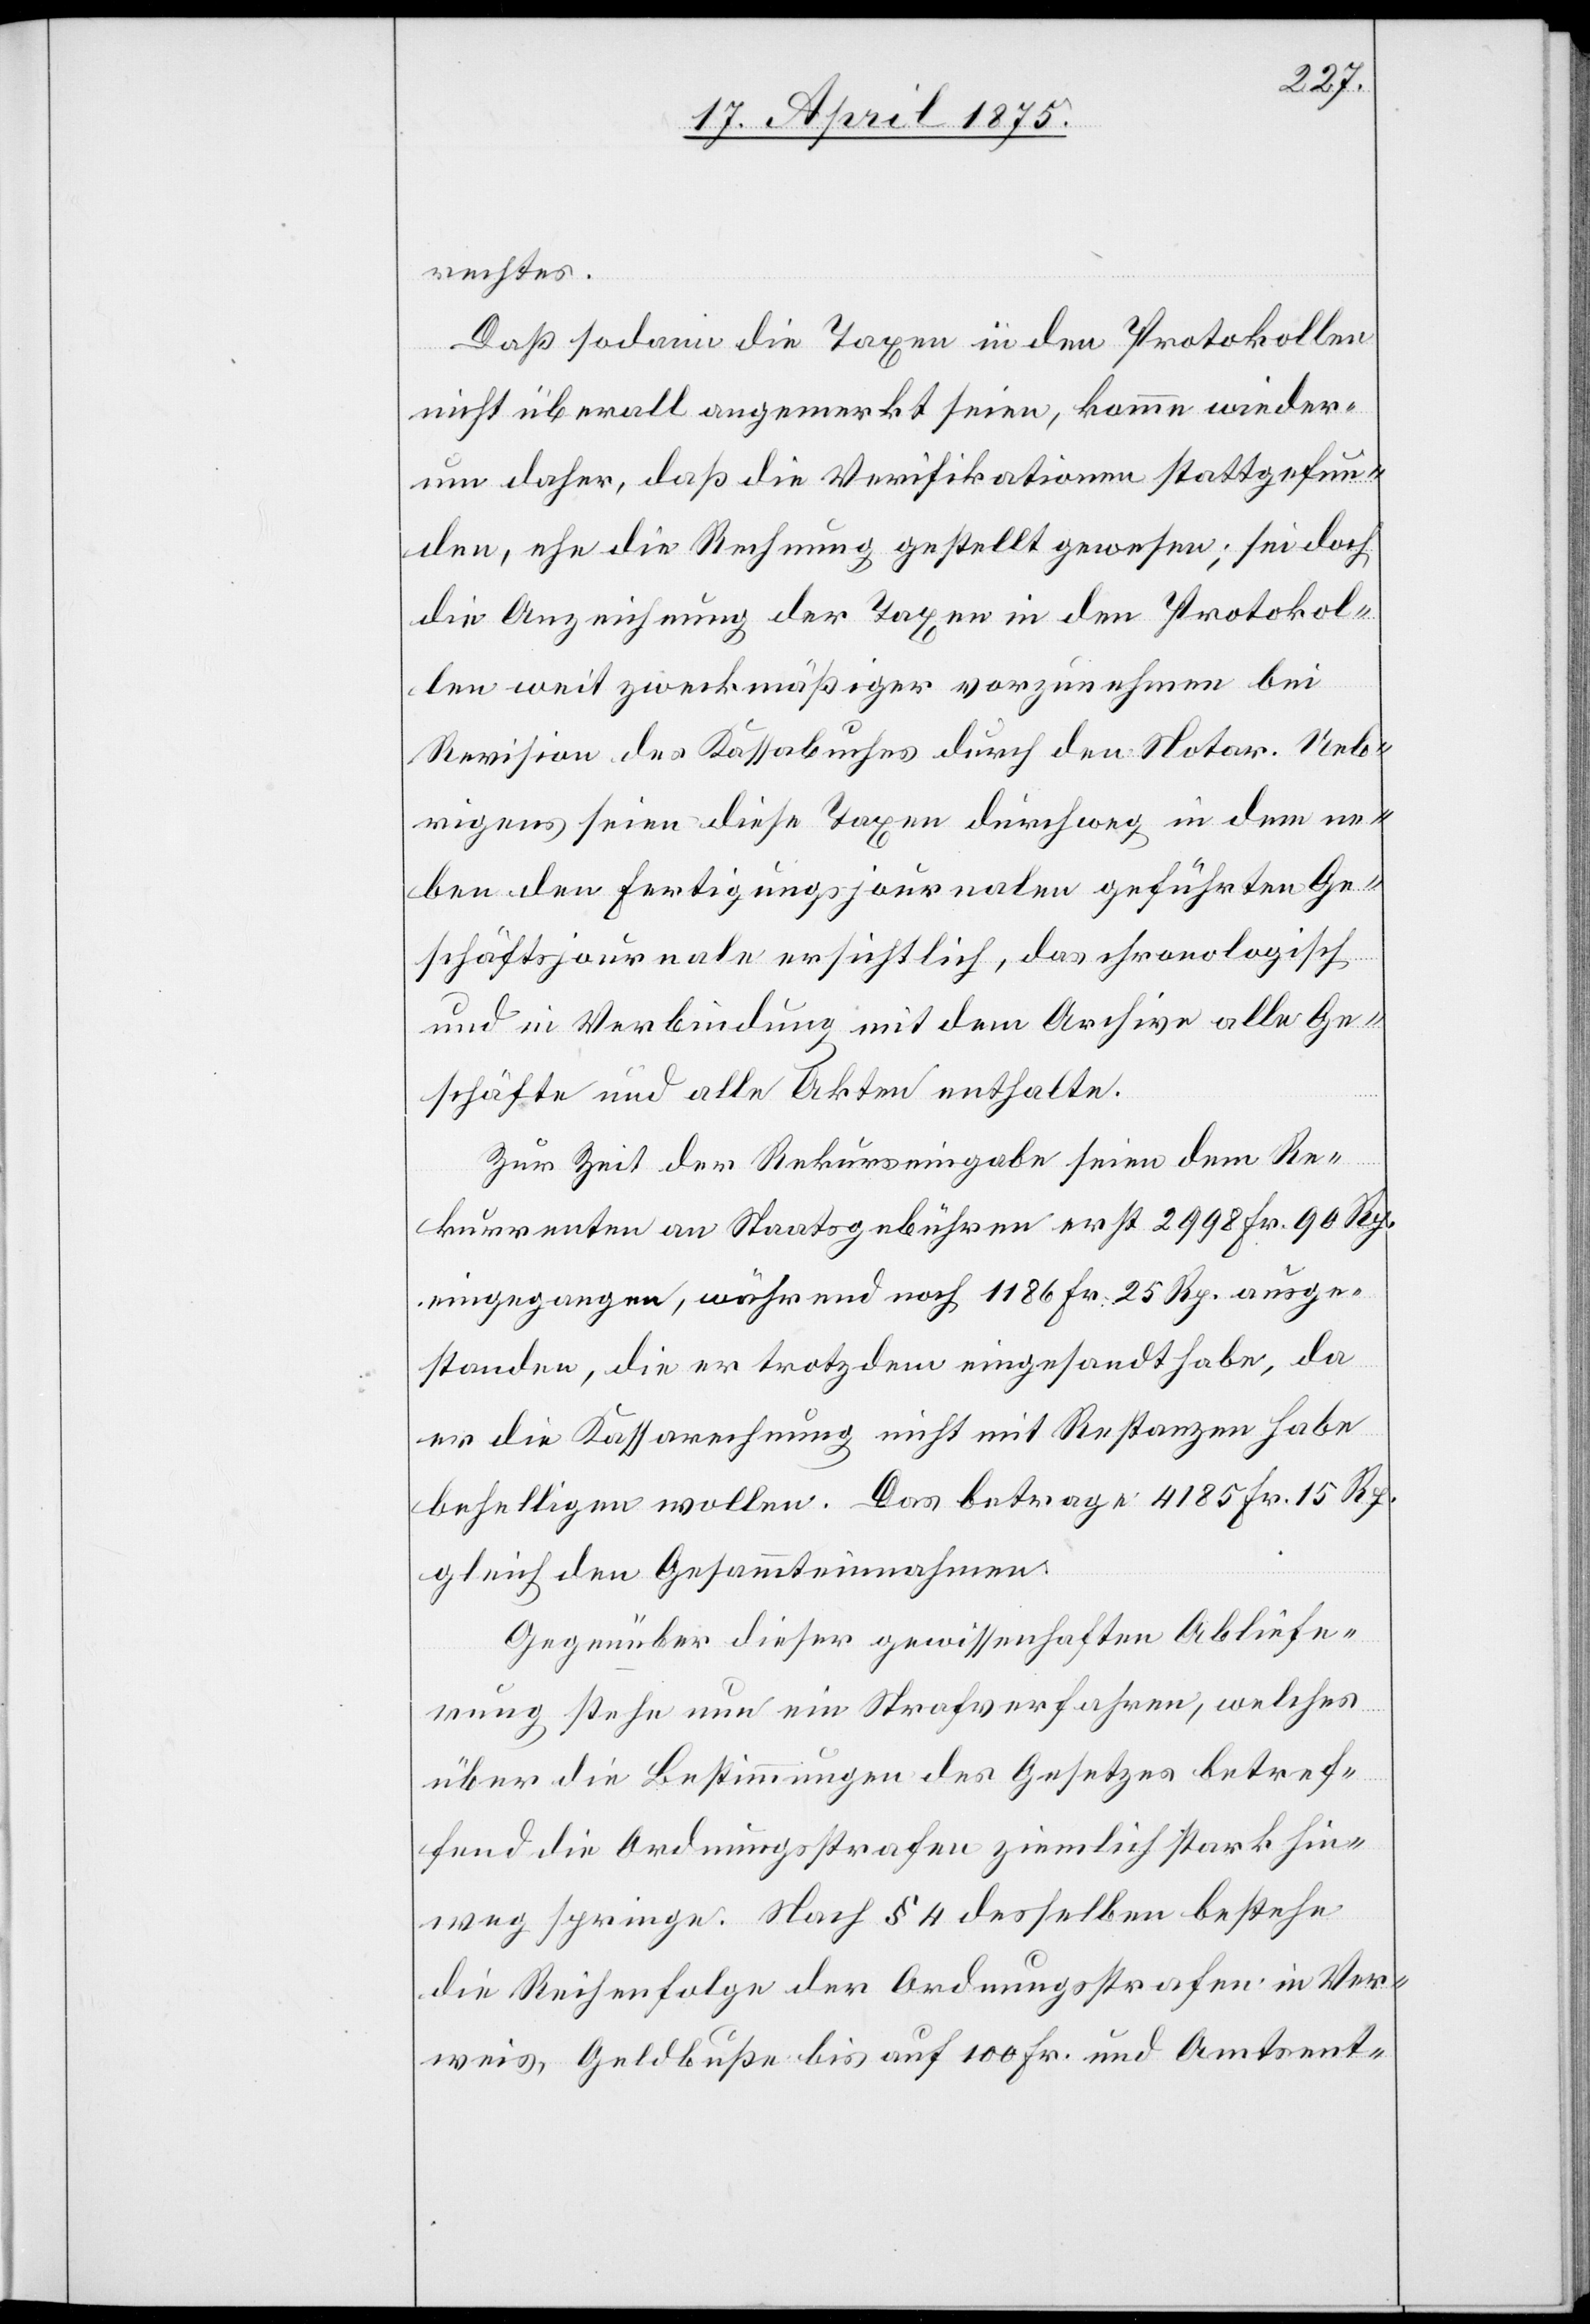
rechtes.
Daß sodann die Taxen in den Protokollen
nicht überall angemerkt seien, komme wieder¬
um daher, daß die Verifikationen stattgefun¬
den, ehe die Rechnung gestellt gewesen; sei doch
die Anzeichnung der Taxen in den Protokol¬
len weit zweckmäßiger vorzunehmen bei
Revision des Kassabuches durch den Notar. Ueb¬
rigens seien diese Taxen durchweg in dem ne¬
ben den Fertigungsjournalen geführten Ge¬
schäftsjournale, des chronologisch und in Verbindung mit
Geschäfte und alle Akten enthalte.
Zur Zeit der Rekurseingabe seien dem Re¬
kurrenten an Staatsgebühren erst 2998 Fr. 90 Rp.
eingegangen, während noch 1186 Fr. 25 Rp. ausge¬
standen, die er trotzdem eingesandt habe, da
er die Kassarechnung nicht mit Restanzen habe
behelligen wollen. Das betrage 4185 Fr. 15 Rp.
gleich den Gesammteinnahmen.
Gegenüber dieser gewissenhaften Abliefe¬
rung stehe nun ein Staatsverfahren, welches
über die Bestimmungen des Gesetzes betref¬
fend die Ordnungsstrafen ziemlich stark hin¬
weg springe. Nach § 4 desselben bestehe
die Reihenfolge der Ordnungsstrafe in Ver¬
weis, Geldbuße bis auf 100 Fr. und Amtsent-